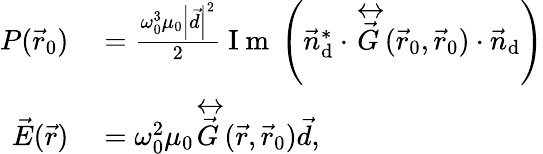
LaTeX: \begin{array}{rl}{P(\vec{r}_{0})}&{{}=\frac{{\omega_{0}^{3}}{\mu_{0}}\left|\vec{d}\right|^{2}}{2}\mathrm{~I~m~}\left(\vec{n}_{\mathrm{d}}^{*}\cdot\overleftrightarrow{\vec{G}}({\vec{r}}_{0},{\vec{r}}_{0})\cdot\vec{n}_{\mathrm{d}}\right)}\\ {{\vec{E}}({\vec{r}})}&{{}={\omega_{0}^{2}}{\mu_{0}}\overleftrightarrow{\vec{G}}({\vec{r}},{\vec{r}}_{0}){\vec{d}},}\end{array}